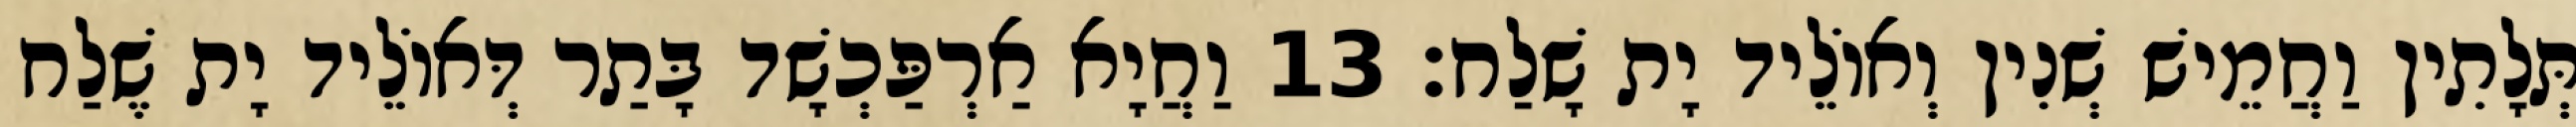
תְּלָתִין וַחֲמֵישׁ שְׁנִין וְאוֹלֵיד יָת שָׁלַח׃ 13 וַחֲיָא אַרְפַּכְשָׁד בָּתַר דְּאוֹלֵיד יָת שֶׁלַח